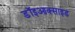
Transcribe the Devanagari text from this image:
डॉइआक्साइड